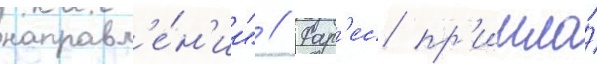
направл'е́н'ии" // Фар'ес пр'ишла́